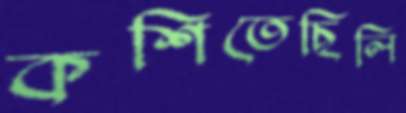
কশিতেছিলি